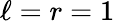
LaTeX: \ell=r=1